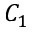
C _ { 1 }